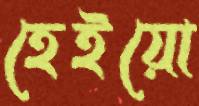
হেইয়ো